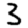
Digit: 3